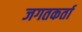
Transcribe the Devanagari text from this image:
जगतकर्ता